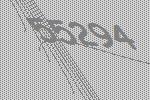
55294